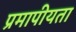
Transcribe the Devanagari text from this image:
प्रमापीयता